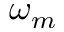
\omega _ { m }